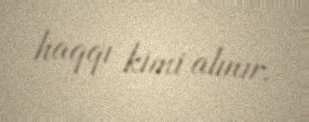
haqqı kimi alınır.